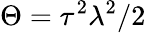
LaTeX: \Theta=\tau^{2}\lambda^{2}/2